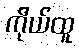
ကိုယ်ထူ